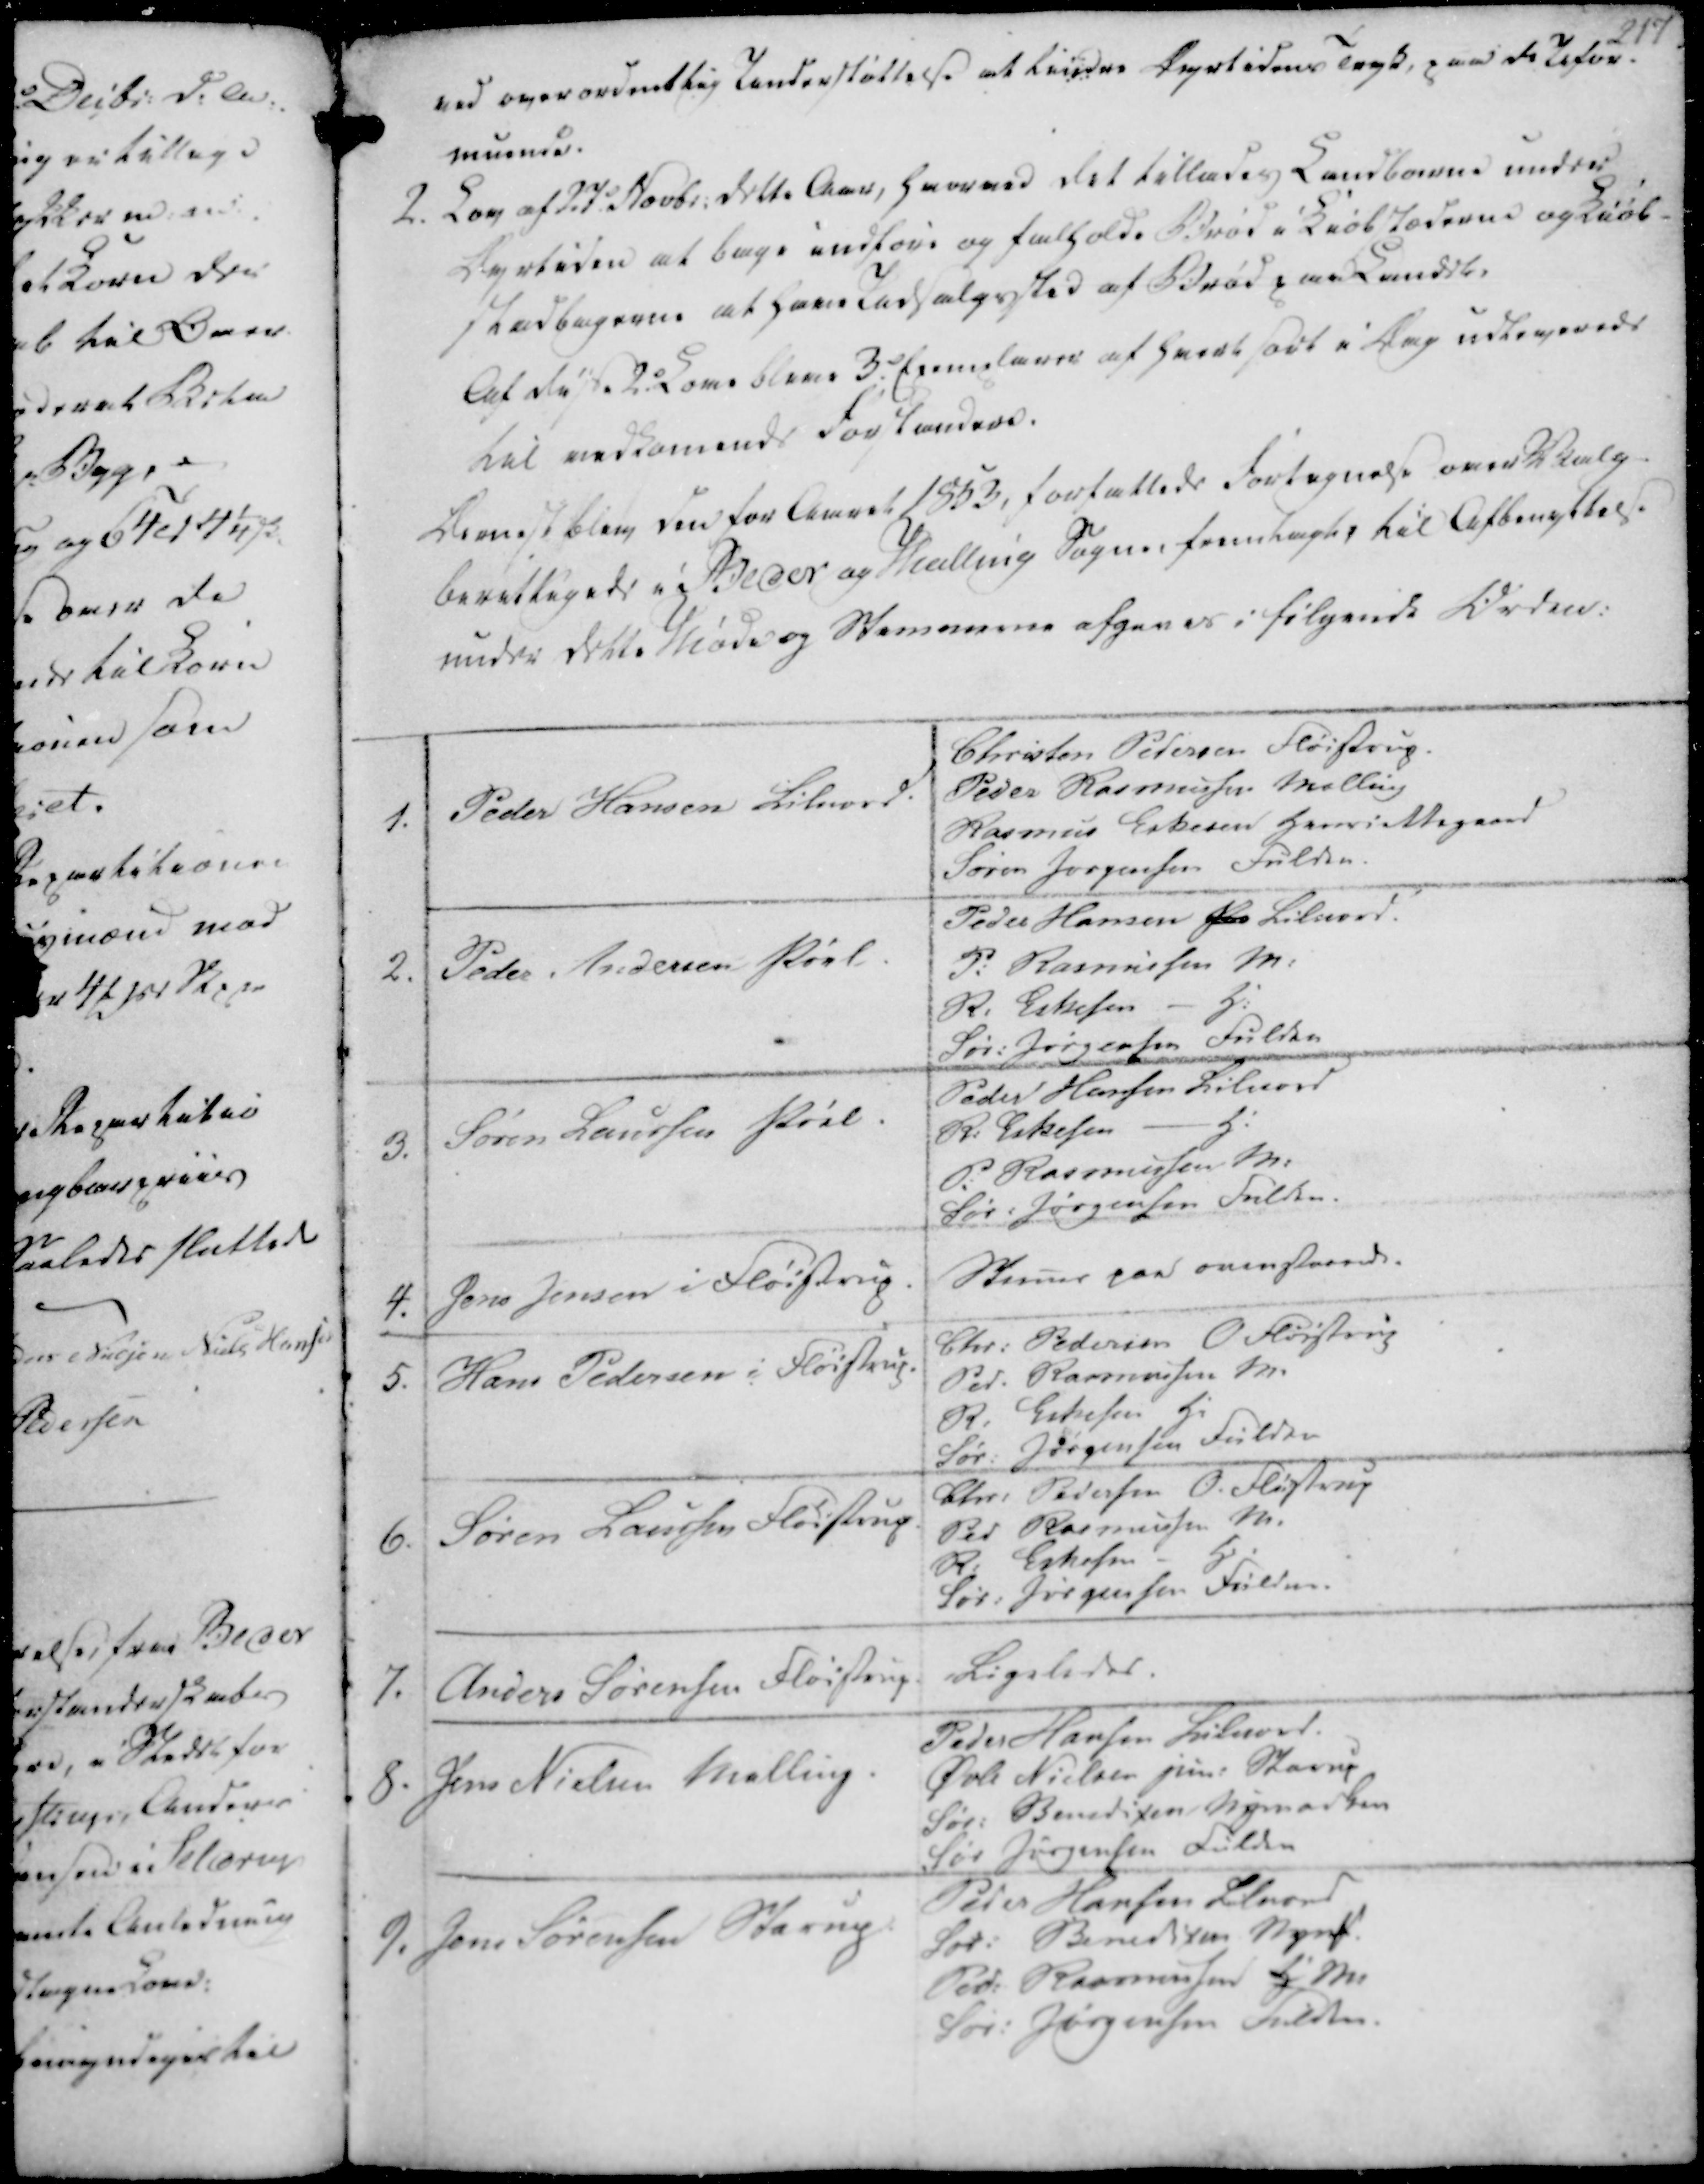
Transskription:
ved overordentlig Understøttelse at lindre Dyrtidens Tryk, paa de Ufor-
muende.

2. Lov af 27.d Novbr. dette Aar, hvorved det tillades Landboerne under
Dyrtiden at bage indføre og falholde Brød i Kiøbstederne og Kiøb-
stadbagerne at have Udsalgssted af Brød paa Landet.
Af disse 2.d Love bleve 3.d Exemplarer af hvert sort i Dag udleverede
til vedkomende Forstandere.

Dernest blev den for Aaret 1853, forfattede Fortegnelse over Valg-
berettigede i Beder og Malling Sogne fremlagte til Afbenyttelse
under dette Møde og Stemmerne afgeves i følgende Orden:

1. Peder Hansen Lilnord.

Christen Petersen Fløistrup.
Peder Rasmussen Malling
Rasmus Eskesen Henriettegaard
Søren Jørgensen Fulden.

2. Peder Andersen Pøel.

Peder Hansen Pe Lilnord.
P. Rasmussen M.
R. Eskesen - H.
Sør. Jørgensen Fulden

3.
Søren Laursen Pøel.

Peder Hansen Lilnord
R. Eskesen - H.
P. Rasmussen M.
Sør. Jørgensen Fulden.

4.
Jens Jensen i Fløistrup

Stemme paa ovenstaaende.

5. Hans Pedersen i Fløistrup.

Chr. Pedersen O Fløistrup
Ped. Rasmussen M.
R. Eskesen H.
Sør. Jørgensen Fulden

6. Søren Laursen Fløistrup

Chr. Pedersen O. Fløistrup
Ped Rasmussen M.
R. Eskesen - H.
Sør. Jørgensen Fulden.

7. Anders Sørensen Fløistrup

Ligeledes.

8. Jens Nielsen Malling.

Peder Hansen Lilnord.
Øvle Nielsen Jun. Starup
Sør. Bendixen, Nymarken
Sør Jørgensen Fulden

9. Jens Sørensen Starup

Peder Hansen Lilnord
Sør. Bendixen Nymf.
Ped. Rasmussen H. M.
Sør. Jørgensen Fulden.